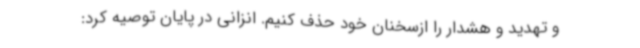
و تهدید و هشدار را ازسخنان خود حذف کنیم. انزانی در پایان توصیه کرد: